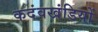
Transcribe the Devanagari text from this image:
कदंवखंडियों